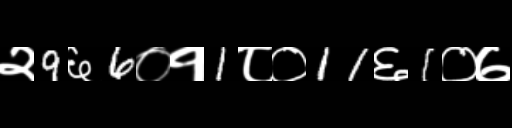
Text: २9६6०१1८०11६1०७